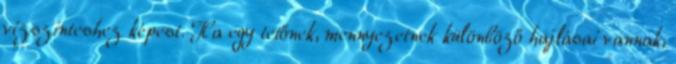
vízszinteshez képest. Ha egy tetőnek, mennyezetnek különböző hajlásai vannak,